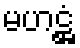
မဟဋ္ဌံ